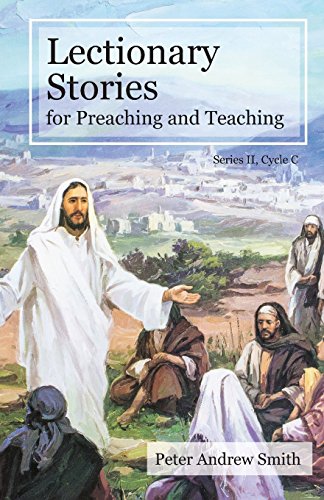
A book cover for Lectionary Stories For Preaching And Teaching: Cycle C; Peter Andrew Smith; Computers & Technology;